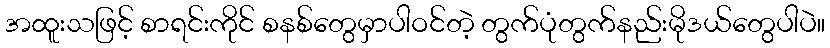
အထူးသဖြင့် စာရင်းကိုင် စနစ်တွေမှာပါဝင်တဲ့ တွက်ပုံတွက်နည်းမိုဒယ်တွေပါပဲ။